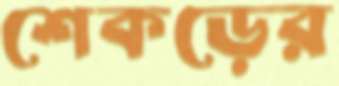
শেকড়ের